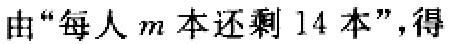
由“每人\(m\)本还剩 \(14\) 本”，得